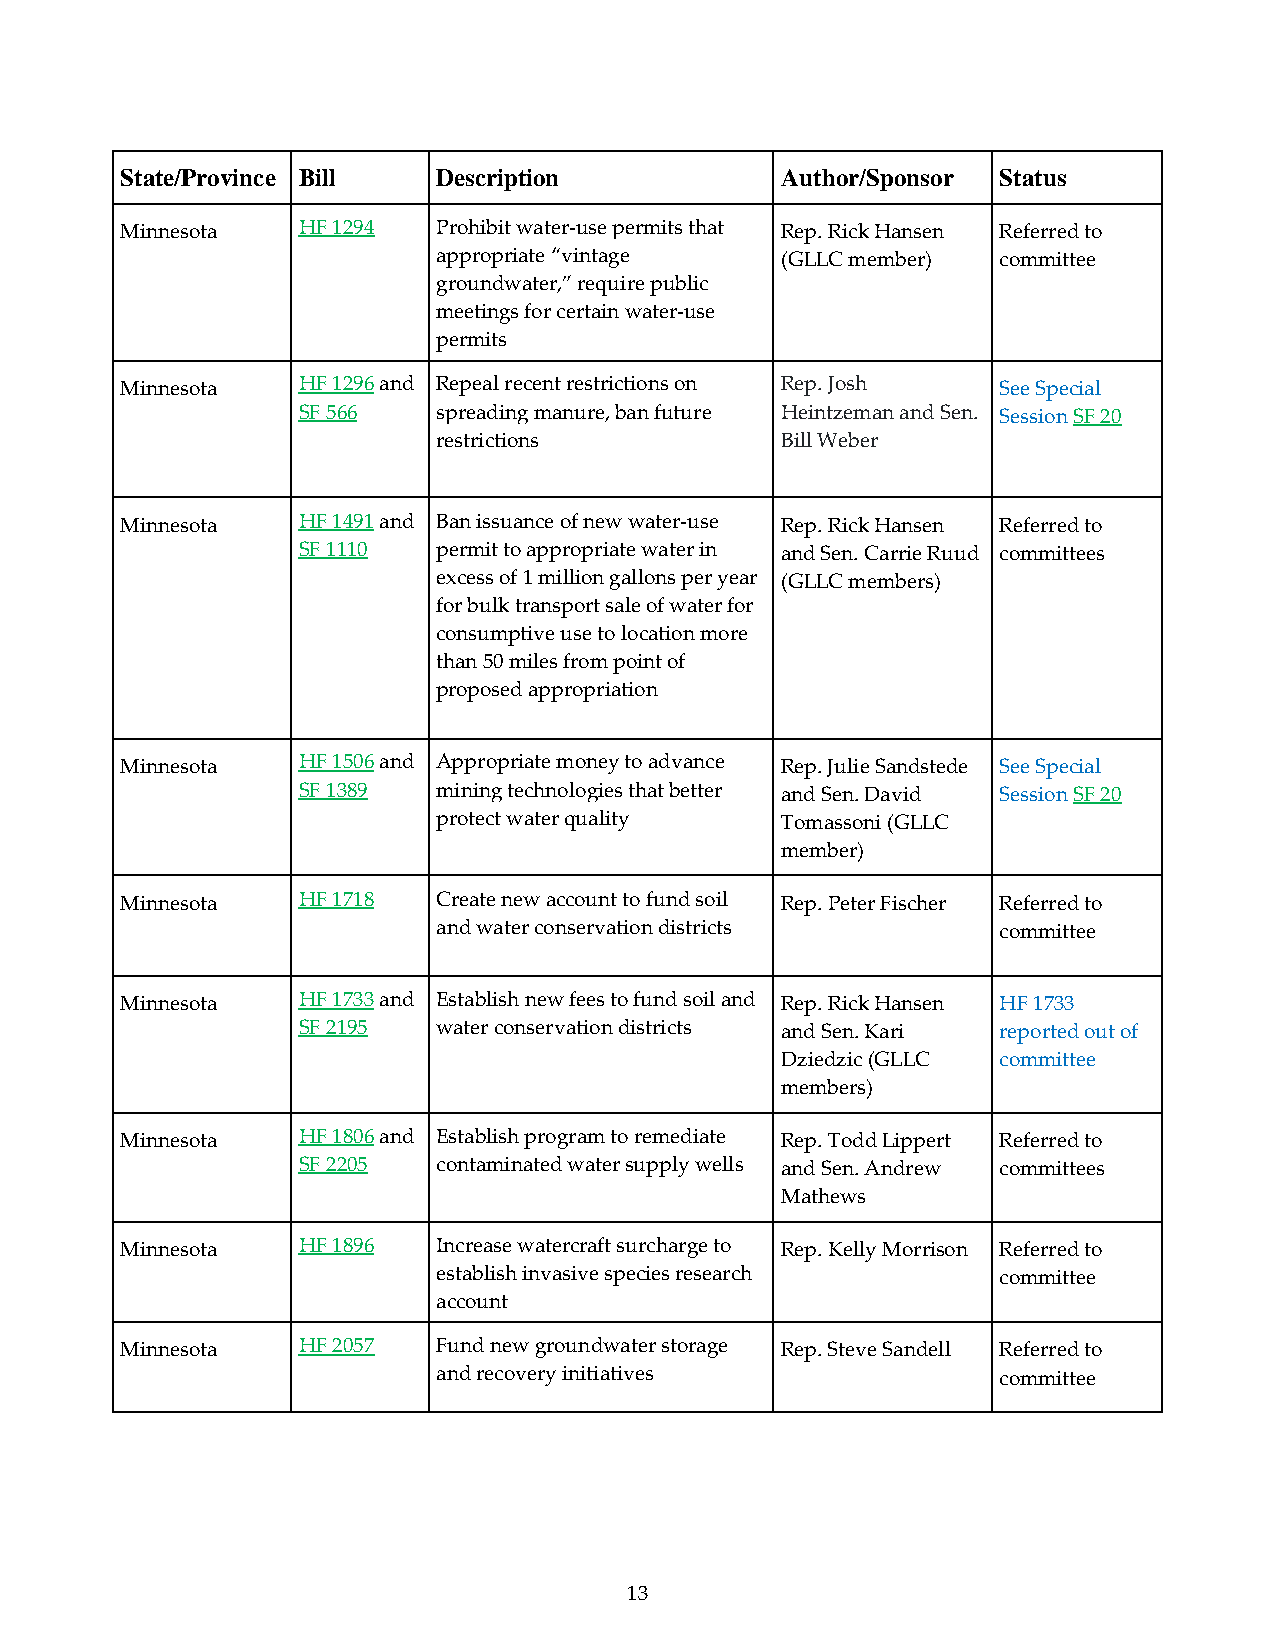
State/Province Bill  Description            Author/Sponsor Status
 Minnesota   HF 1294  Prohibit water-use permits that Rep. Rick Hansen Referred to
 appropriate “vintage   (GLLC member) committee
 groundwater,” require public
 meetings for certain water-use
 permits
 Minnesota   HF 1296 and Repeal recent restrictions on Rep. Josh See Special
 SF 566   spreading manure, ban future Heintzeman and Sen. Session SF 20
 restrictions           Bill Weber
 Minnesota   HF 1491 and Ban issuance of new water-use Rep. Rick Hansen Referred to
 SF 1110  permit to appropriate water in and Sen. Carrie Ruud committees
 excess of 1 million gallons per year (GLLC members)
 for bulk transport sale of water for
 consumptive use to location more
 than 50 miles from point of
 proposed appropriation
 Minnesota   HF 1506 and Appropriate money to advance Rep. Julie Sandstede See Special
 SF 1389  mining technologies that better and Sen. David Session SF 20
 protect water quality  Tomassoni (GLLC
 member)
 Minnesota   HF 1718  Create new account to fund soil Rep. Peter Fischer Referred to
 and water conservation districts     committee
 Minnesota   HF 1733 and Establish new fees to fund soil and Rep. Rick Hansen HF 1733
 SF 2195  water conservation districts and Sen. Kari reported out of
 Dziedzic (GLLC committee
 members)
 Minnesota   HF 1806 and Establish program to remediate Rep. Todd Lippert Referred to
 SF 2205  contaminated water supply wells and Sen. Andrew committees
 Mathews
 Minnesota   HF 1896  Increase watercraft surcharge to Rep. Kelly Morrison Referred to
 establish invasive species research  committee
 account
 Minnesota   HF 2057  Fund new groundwater storage Rep. Steve Sandell Referred to
 and recovery initiatives             committee
 13